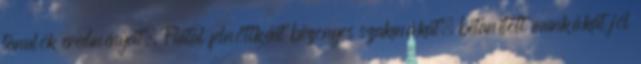
tanulók eredményeit. Fiatal felnőttként bizonyos szakmákat, betanított munkákat jól